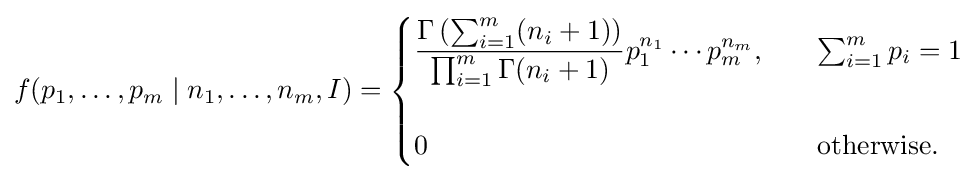
f(p_{1},\ldots ,p_{m}\mid n_{1},\ldots ,n_{m},I)={\begin{cases}{\displaystyle {\frac {\Gamma \left(\sum _{i=1}^{m}(n_{i}+1)\right)}{\prod _{i=1}^{m}\Gamma (n_{i}+1)}}p_{1}^{n_{1}}\cdots p_{m}^{n_{m}}},\quad &\sum _{i=1}^{m}p_{i}=1\\\\0&{\text{otherwise.}}\end{cases}}